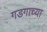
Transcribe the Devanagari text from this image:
गडगाच्या